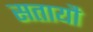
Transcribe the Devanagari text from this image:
सतायौ